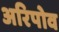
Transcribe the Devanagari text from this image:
अरिपोव